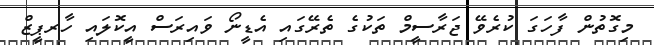
މިގޮތުން ފާހަގަ ކުރެވޭ ޖަރާސީމް ތަކުގެ ތެރޭގައި އެޑީނޯ ވައިރަސް އީކޮލައި ހާރޕީޒް